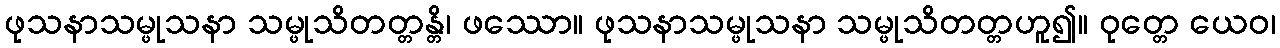
ဖုသနာသမ္ဖုသနာ သမ္ဖုသိတတ္တန္တိ၊ ဖဿော။ ဖုသနာသမ္ဖုသနာ သမ္ဖုသိတတ္တဟူ၍။ ဝုတ္တေ ယေဝ၊